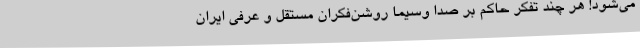
می‌شود! هر چند تفکر حاکم بر صدا وسیما روشن‌فکران مستقل و عرفی ایران